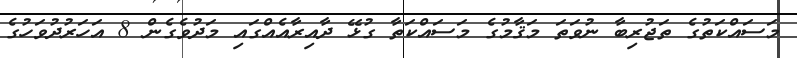
މަސައްކަތުގެ ތަޖުރިބާ ނުވަތަ މަޤާމުގެ މަސައްކަތާ ގުޅޭ ދާއިރާއެއްގައި މަދުވެގެން 8 އަހަރުދުވަހުގެ